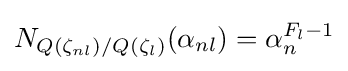
N_{Q(\zeta _{nl})/Q(\zeta _{l})}(\alpha _{nl})=\alpha _{n}^{F_{l}-1}